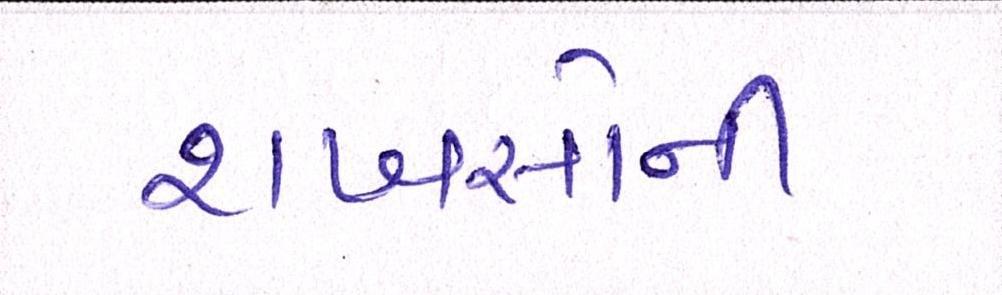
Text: શખસોની